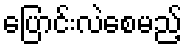
ပြောင်းလဲစေမည့်